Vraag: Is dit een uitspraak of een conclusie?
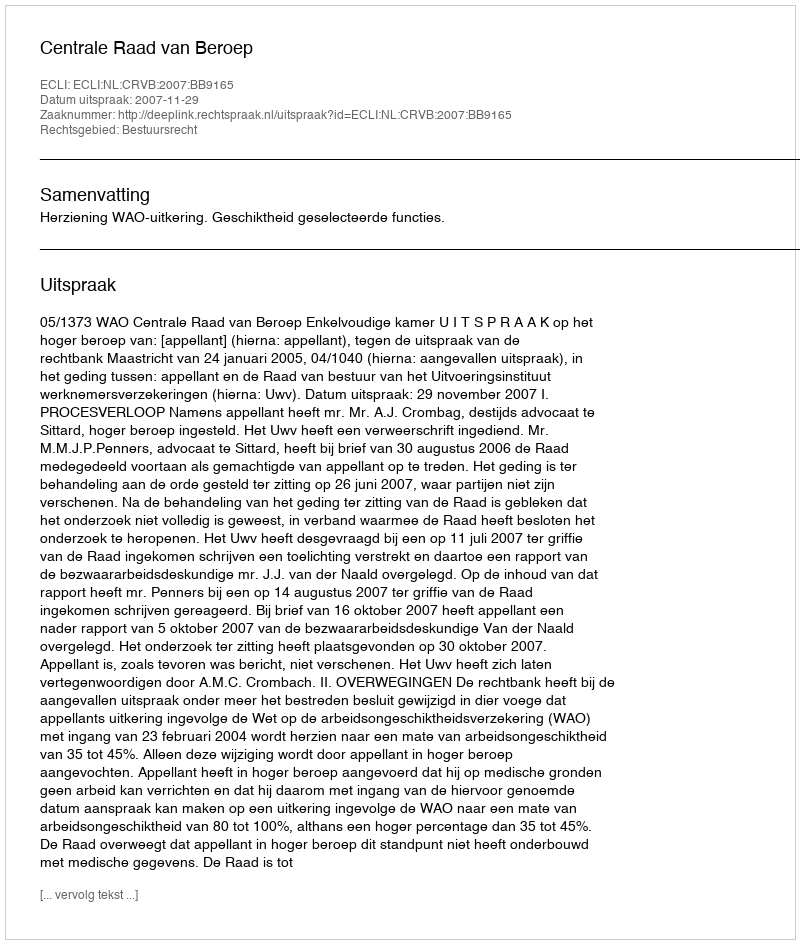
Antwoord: Uitspraak